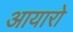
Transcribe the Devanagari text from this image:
आयारो